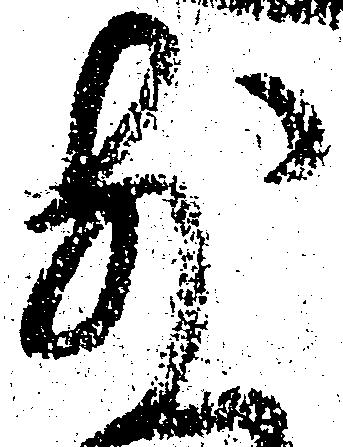
前